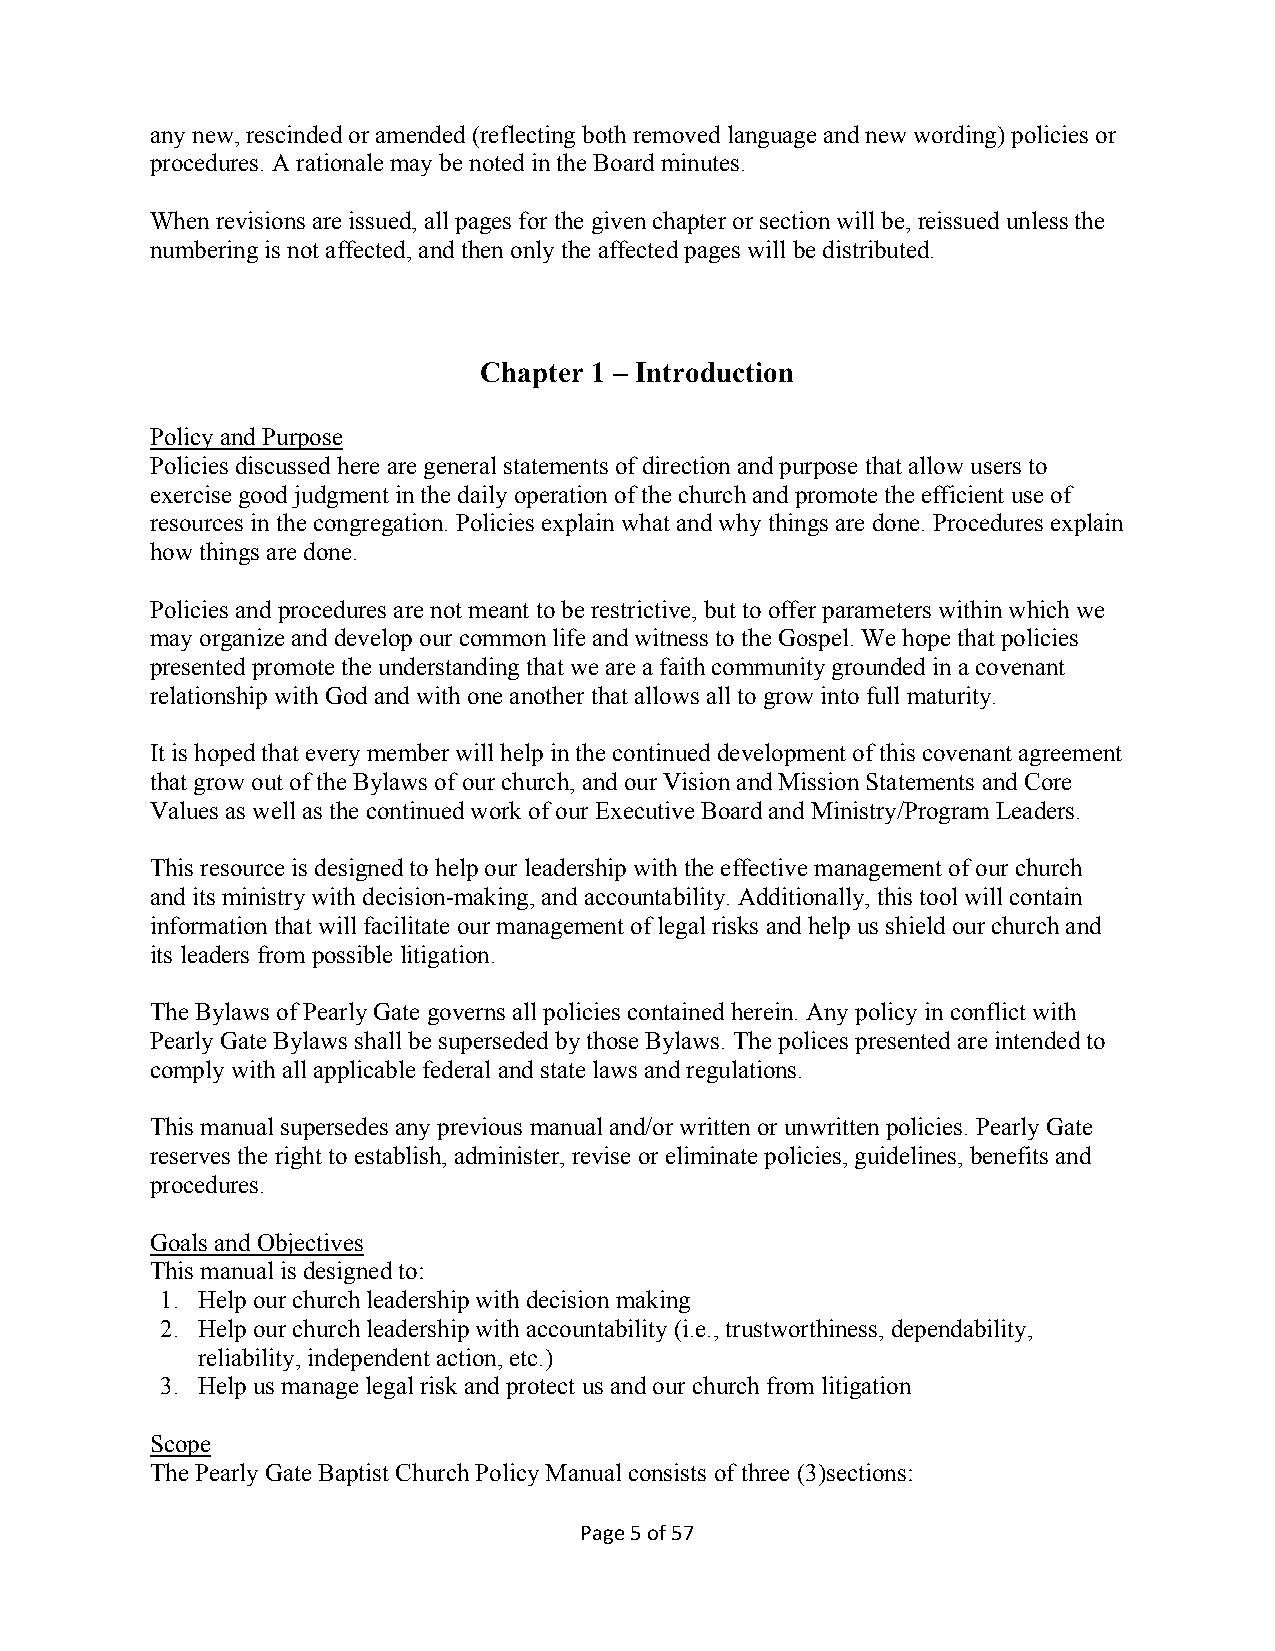
any new, rescinded or amended (reflecting both removed language and new wording) policies or
 procedures. A rationale may be noted in the Board minutes.
 When revisions are issued, all pages for the given chapter or section will be, reissued unless the
 numbering is not affected, and then only the affected pages will be distributed.
 Chapter 1 – Introduction
 Policy and Purpose
 Policies discussed here are general statements of direction and purpose that allow users to
 exercise good judgment in the daily operation of the church and promote the efficient use of
 resources in the congregation. Policies explain what and why things are done. Procedures explain
 how things are done.
 Policies and procedures are not meant to be restrictive, but to offer parameters within which we
 may organize and develop our common life and witness to the Gospel. We hope that policies
 presented promote the understanding that we are a faith community grounded in a covenant
 relationship with God and with one another that allows all to grow into full maturity.
 It is hoped that every member will help in the continued development of this covenant agreement
 that grow out of the Bylaws of our church, and our Vision and Mission Statements and Core
 Values as well as the continued work of our Executive Board and Ministry/Program Leaders.
 This resource is designed to help our leadership with the effective management of our church
 and its ministry with decision-making, and accountability. Additionally, this tool will contain
 information that will facilitate our management of legal risks and help us shield our church and
 its leaders from possible litigation.
 The Bylaws of Pearly Gate governs all policies contained herein. Any policy in conflict with
 Pearly Gate Bylaws shall be superseded by those Bylaws. The polices presented are intended to
 comply with all applicable federal and state laws and regulations.
 This manual supersedes any previous manual and/or written or unwritten policies. Pearly Gate
 reserves the right to establish, administer, revise or eliminate policies, guidelines, benefits and
 procedures.
 Goals and Objectives
 This manual is designed to:
 1. Help our church leadership with decision making
 2. Help our church leadership with accountability (i.e., trustworthiness, dependability,
 reliability, independent action, etc.)
 3. Help us manage legal risk and protect us and our church from litigation
 Scope
 The Pearly Gate Baptist Church Policy Manual consists of three (3)sections:
 Page 5 of 57